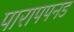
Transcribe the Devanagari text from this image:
पारापपनड